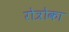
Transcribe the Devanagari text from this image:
रोत्रोका